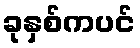
ခုနှစ်ကပင်